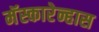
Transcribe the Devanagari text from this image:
मॅस्कारेन्हास